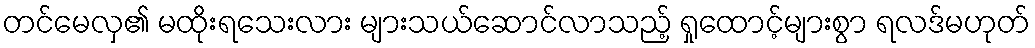
တင်မေလှ၏ မထိုးရသေးလား များသယ်ဆောင်လာသည့် ရှုထောင့်များစွာ ရလဒ်မဟုတ်